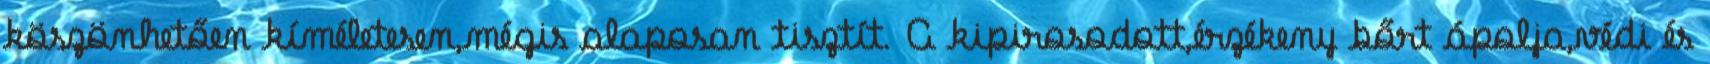
köszönhetően kíméletesen,mégis alaposan tisztít. A kipirosodott,érzékeny bőrt ápolja,védi és